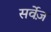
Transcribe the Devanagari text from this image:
सर्वेज़